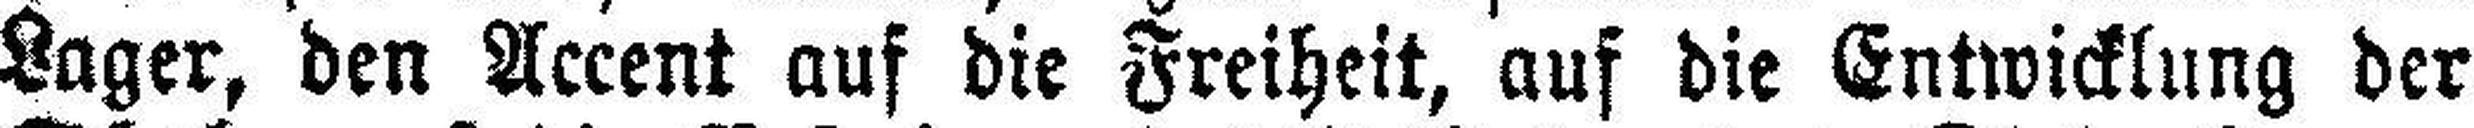
Lager, den Accent auf die Freiheit, auf die Entwicklung der